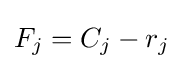
F_{j}=C_{j}-r_{j}